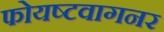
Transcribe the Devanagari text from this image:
फोयष्टवागनर